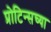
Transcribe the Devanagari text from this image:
प्रोटिन्सच्या